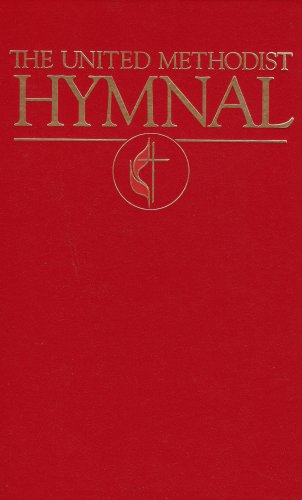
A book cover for United Methodist Hymnal Dark Red; United methodist Church; Christian Books & Bibles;